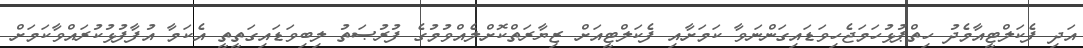
އަދި ފެކަލްޓީއާމެދު ހިތްޕުޅުހަމަޖެހިވަޑައިގަންނަވާ ކަމަށާއި ފެކަލްޓީއަށް ޒިޔާރަތްކޮށްލެއްވުމުގެ ފުރުޞަތު ލިބިވަޑައިގަތީތީ އެކަމާ އުފާފުޅުކުރައްވާކަމަށް